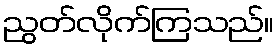
ညွတ်လိုက်ကြသည်။